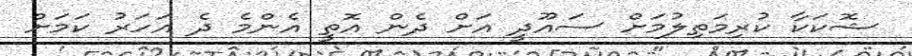
ޝޮކަކާ ކުރިމަތިލުމަށް ސައޫދީ އަށް ދެން އޮތީ އެންމެ ދެ އަހަރު ކަމަށް